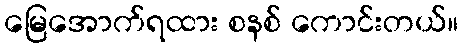
မြေအောက်ရထား စနစ် ကောင်းတယ်။